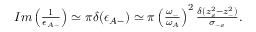
\begin{array} { r } { I m \left( \frac { 1 } { \epsilon _ { A - } } \right) \simeq \pi \delta ( \epsilon _ { A - } ) \simeq \pi \left( \frac { \omega _ { - } } { \omega _ { A } } \right) ^ { 2 } \frac { \delta ( z _ { s } ^ { 2 } - z _ { - } ^ { 2 } ) } { \sigma _ { - s } } . } \end{array}